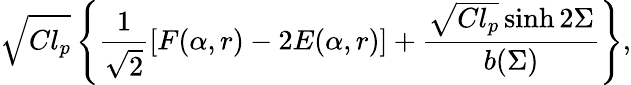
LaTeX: \sqrt{Cl_{p}}\left\{ \frac{1}{\sqrt{2}}\left[F(\alpha,r)-2E(\alpha,r)\right]+\frac{\sqrt{Cl_{p}}\sinh 2\Sigma}{b(\Sigma)}\right\} ,